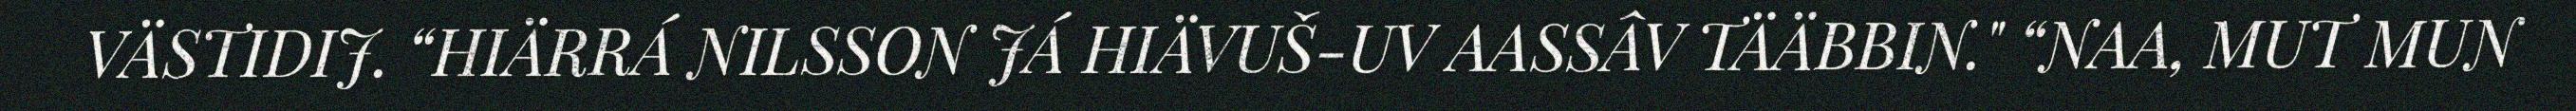
VÄSTIDIJ. “HIÄRRÁ NILSSON JÁ HIÄVUŠ-UV AASSÂV TÄÄBBIN." “NAA, MUT MUN